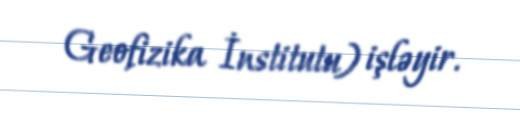
Geofizika İnstitutu) işləyir.